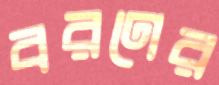
বরণের